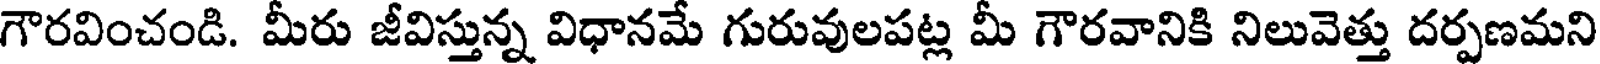
గౌరవించండి. మీరు జీవిస్తున్న విధానమే గురువులపట్ల మీ గౌరవానికి నిలువెత్తు దర్పణమని